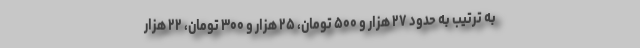
به ترتیب به حدود ۲۷ هزار و ۵۰۰ تومان، ۲۵ هزار و ۳۰۰ تومان، ۲۲ هزار